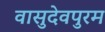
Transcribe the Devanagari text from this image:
वासुदेवपुरम